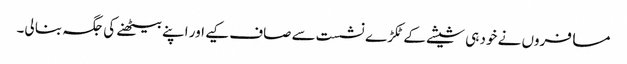
مسافروں نے خود ہی شیشے کے ٹکڑے نشست سے صاف کیے اور اپنے بیٹھنے کی جگہ بنا لی۔